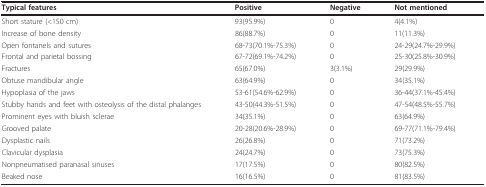
| Typical features | Positive | Negative | Not mentioned |
 | --- | --- | --- | --- |
 | Short stature (<150 cm) | 93(95.9%) | 0 | 4(4.1%) |
 | Increase of bone density | 86(88.7%) | 0 | 11(11.3%) |
 | Open fontanels and sutures | 68-73(70.1%-75.3%) | 0 | 24-29(24.7%-29.9%) |
 | Frontal and parietal bossing | 67-72(69.1%-74.2%) | 0 | 25-30(25.8%-30.9%) |
 | Fractures | 65(67.0%) | 3(3.1%) | 29(29.9%) |
 | Obtuse mandibular angle | 63(64.9%) | 0 | 34(35.1%) |
 | Hypoplasia of the jaws | 53-61(54.6%-62.9%) | 0 | 36-44(37.1%-45.4%) |
 | Stubby hands and feet with osteolysis of the distal phalanges | 43-50(44.3%-51.5%) | 0 | 47-54(48.5%-55.7%) |
 | Prominent eyes with bluish sclerae | 34(35.1%) | 0 | 63(64.9%) |
 | Grooved palate | 20-28(20.6%-28.9%) | 0 | 69-77(71.1%-79.4%) |
 | Dysplastic nails | 26(26.8%) | 0 | 71(73.2%) |
 | Clavicular dysplasia | 24(24.7%) | 0 | 73(75.3%) |
 | Nonpneumatised paranasal sinuses | 17(17.5%) | 0 | 80(82.5%) |
 | Beaked nose | 16(16.5%) | 0 | 81(83.5%) |